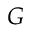
G